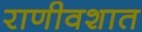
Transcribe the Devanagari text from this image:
राणीवशात